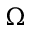
\Omega